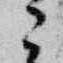
々